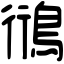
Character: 鴴